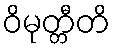
ဝိမုတ္တီတိ